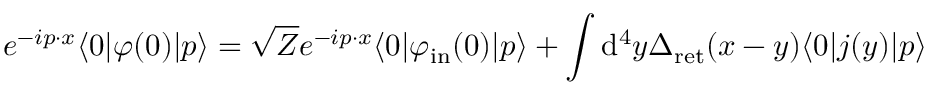
e ^ { - i p \cdot x } \langle 0 | \varphi ( 0 ) | p \rangle = { \sqrt { Z } } e ^ { - i p \cdot x } \langle 0 | \varphi _ { \mathrm { i n } } ( 0 ) | p \rangle + \int \mathrm { d } ^ { 4 } y \Delta _ { \mathrm { r e t } } ( x - y ) \langle 0 | j ( y ) | p \rangle